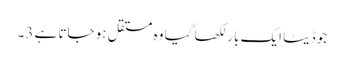
جو ڈیٹا ایک بار لکھا گیا وہ مستقل ہو جاتا ہے 3۔